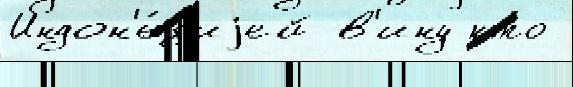
Индон'е́з'иjей в'ину кто